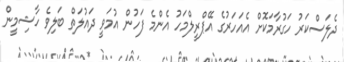
ދެލަސްކަރު ހަގުރާމަކޮށް އެއަހަރުގެ އޭޕްރީލްމަހު އެންމެ ފަހުން އުމަވީ ދައުލަތް ބަލިވެ ހާޝިމީން